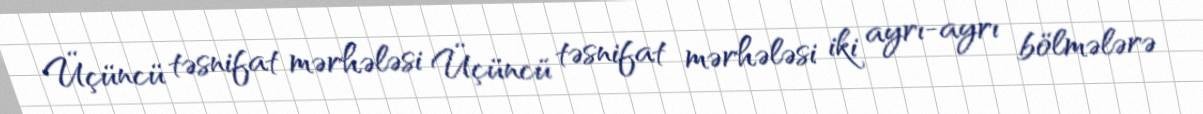
Üçüncü təsnifat mərhələsi Üçüncü təsnifat mərhələsi iki ayrı-ayrı bölmələrə